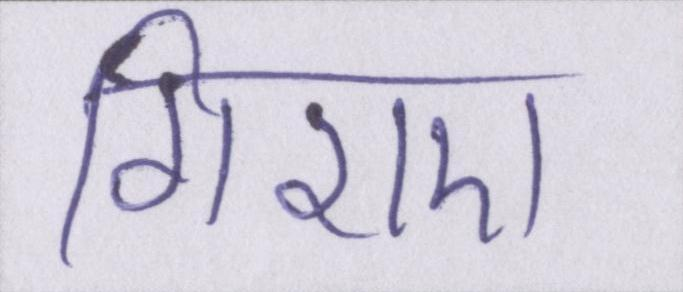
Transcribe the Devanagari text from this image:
गिराए